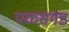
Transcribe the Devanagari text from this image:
पळसगड